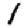
Digit: 1